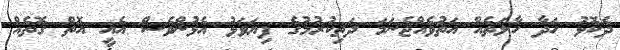
ދެކޮޅު ހަދާ ހާލަތެއް އަތުވެއްޖެނަމަ ދަތިކުރުމުގެ ފިޔަވަޅު އެޅުންވެސް އެއީ އޮތް ގޮތެއް